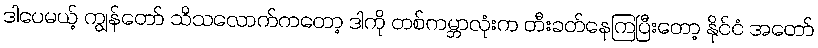
ဒါပေမယ့် ကျွန်တော် သိသလောက်ကတော့ ဒါကို တစ်ကမ္ဘာလုံးက တီးခတ်နေကြပြီးတော့ နိုင်ငံ အတော်